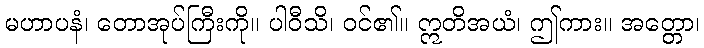
မဟာပနံ၊ တောအုပ်ကြီးကို။ ပါဝီသိ၊ ဝင်၏။ ဣတိအယံ၊ ဤကား။ အတ္တော၊